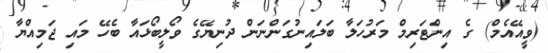
(ވީއޭއެމް) ގެ އިންޓަރިމް މަރުހަލާ ބަލައިނުގަންނަން ދުނިޔޭގެ ވޯލީބޯޅައާ ބެހޭ މައި ޖަމިއްޔާ